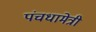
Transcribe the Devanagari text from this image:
पंचधामेत्री